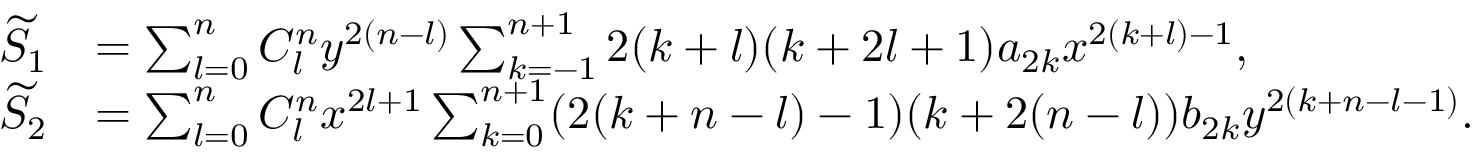
\begin{array} { r l } { \widetilde { S } _ { 1 } } & { = \sum _ { l = 0 } ^ { n } C _ { l } ^ { n } y ^ { 2 ( n - l ) } \sum _ { k = - 1 } ^ { n + 1 } 2 ( k + l ) ( k + 2 l + 1 ) a _ { 2 k } x ^ { 2 ( k + l ) - 1 } , } \\ { \widetilde { S } _ { 2 } } & { = \sum _ { l = 0 } ^ { n } C _ { l } ^ { n } x ^ { 2 l + 1 } \sum _ { k = 0 } ^ { n + 1 } ( 2 ( k + n - l ) - 1 ) ( k + 2 ( n - l ) ) b _ { 2 k } y ^ { 2 ( k + n - l - 1 ) } . } \end{array}